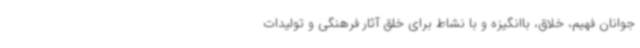
جوانان فهیم، خلاق، باانگیزه و با نشاط برای خلق آثار فرهنگی و تولیدات